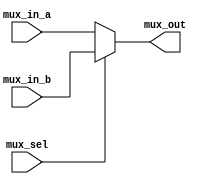
module mux4(input[3:0] mux_in_a,mux_in_b,input mux_sel, output [3:0] mux_out );



assign mux_out = mux_sel ? mux_in_b : mux_in_a;


endmodule 





/*module TB();


reg[3:0] a,b;

reg sel;

wire[3:0] r;





initial begin 


a=5;
b=10;
sel=0;


#10


a=5;
b=10;
sel=1;




end


mux4 mux4_test(.mux_in_a(a),.mux_in_b(b),.mux_sel(sel),.mux_out(r));


endmodule */